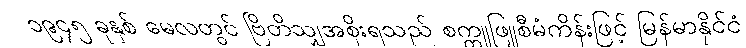
၁၉၄၅ ခုနှစ် မေလတွင် ဗြိတိသျှအစိုးရသည် စက္ကူဖြူစီမံကိန်းဖြင့် မြန်မာနိုင်ငံ